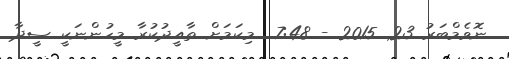
ނޮވެމްބަރު 23